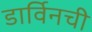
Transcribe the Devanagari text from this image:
डार्विनची